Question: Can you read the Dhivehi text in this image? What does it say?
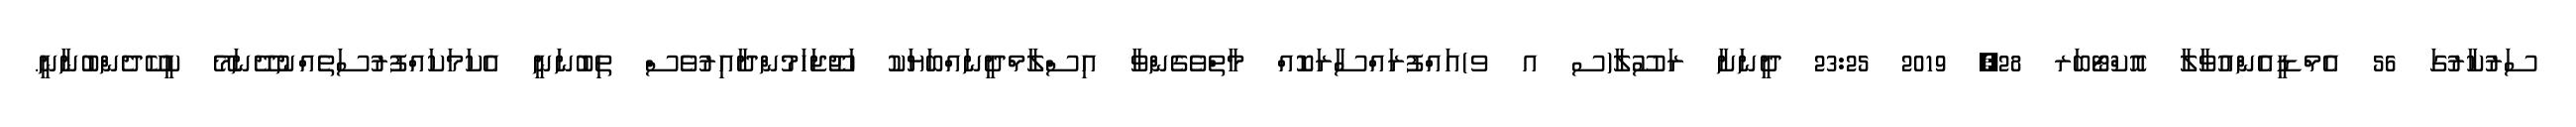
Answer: ސަރުކާރުގަ 56 އެމްޑީއެންއުވާލާ އޮކްޓޯބަރ 28, 2019 23:25 ދީނަށާ ރަސޫލާ(ސ އ ވ)އައްފުރައްސާރަކޮއް މާތްވެގެންވާ އިސްލާމްދީނައްބަޔަކު ހަޖޫޖަހަމުންދާއިރުވެސް ތިބުނަނީ އެކަމަކައްފުރުސަތެއްނުދޭނަމޭ ކީކޭދެންބުނާނީ.